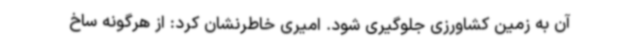
آن به زمین کشاورزی جلوگیری شود. امیری خاطرنشان کرد: از هرگونه ساخ